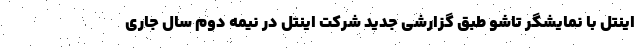
اینتل با نمایشگر تاشو طبق گزارشی جدید شرکت اینتل در نیمه دوم سال جاری